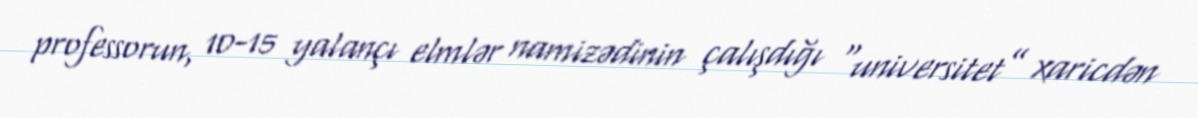
professorun, 10-15 yalançı elmlər namizədinin çalışdığı “universitet” xaricdən